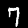
Label: 7